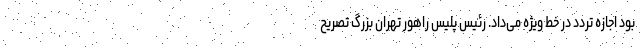
بود اجازه تردد در خط ویژه می‌داد. رئیس پلیس راهور تهران بزرگ تصریح